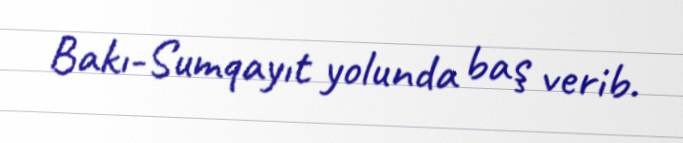
Bakı-Sumqayıt yolunda baş verib.